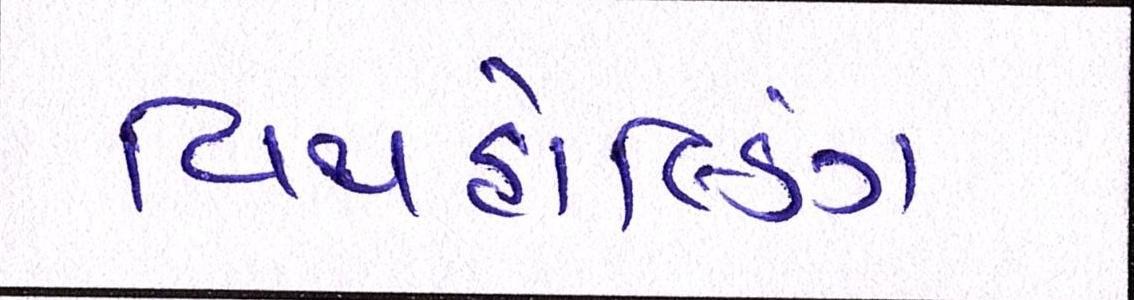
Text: વિથહોલ્ડિંગ